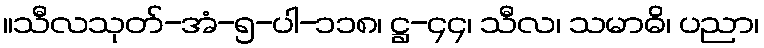
။သီလသုတ်-အံ-၅-ပါ-၁၁၈၊ ဋ္ဌ-၄၄၊ သီလ၊ သမာဓိ၊ ပညာ၊